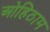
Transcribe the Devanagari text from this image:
ओहिठाम